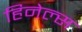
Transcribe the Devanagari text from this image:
हिनेल्स